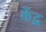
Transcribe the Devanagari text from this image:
केंद्र